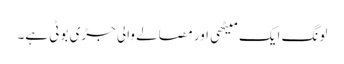
لونگ ایک میٹھی اور مصالے والی جڑی بوٹی ہے۔